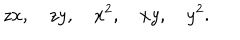
z x , \quad z y , \quad x ^ { 2 } , \quad x y , \quad y ^ { 2 } .